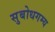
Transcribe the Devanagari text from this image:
सुबोधगम्य